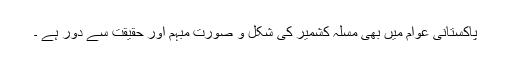
پاکستانی عوام میں بھی مسلہ کشمیر کی شکل و صورت مبہم اور حقیقت سے دور ہے ۔